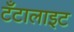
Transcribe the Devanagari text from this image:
टँटालाइट